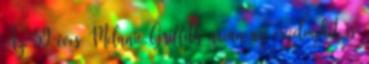
Az 59 éves Melanie Griffith arcán az érzelmeket is